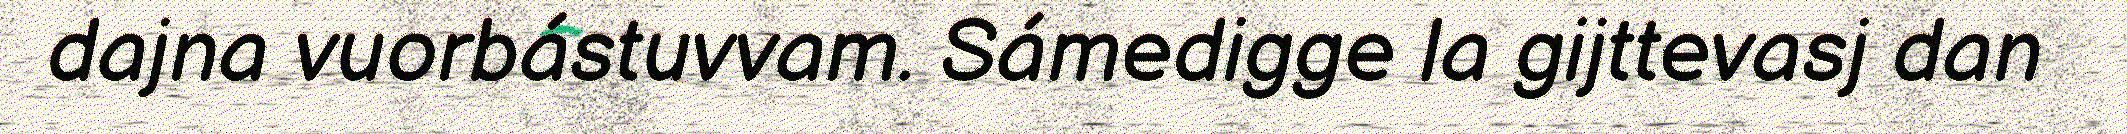
dajna vuorbástuvvam. Sámedigge la gijttevasj dan